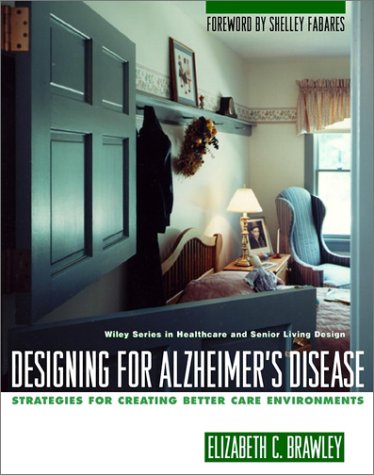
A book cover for Designing for Alzheimer's Disease: Strategies for Creating Better Care Environments (Wiley Series in Healthcare and Senior Living Design); Elizabeth C. Brawley; Medical Books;